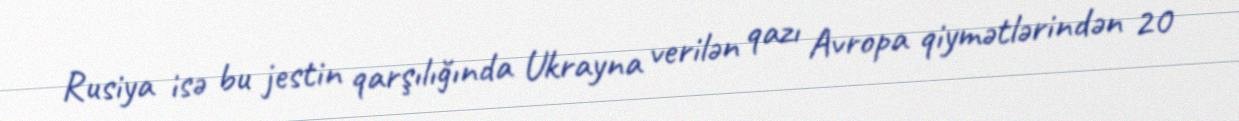
Rusiya isə bu jestin qarşılığında Ukrayna verilən qazı Avropa qiymətlərindən 20